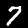
Digit: 7